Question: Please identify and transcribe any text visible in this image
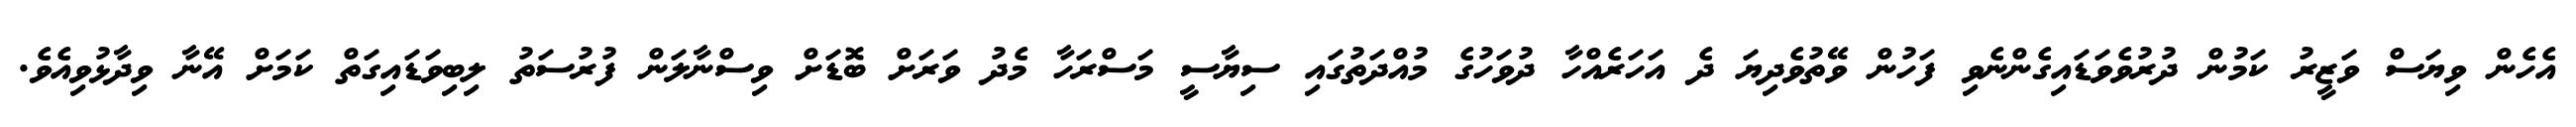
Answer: އެހެން ވިޔަސް ވަޒީރު ކަމުން ދުރުވެވަޑައިގެންނެވި ފަހުން ވޭތުވެދިޔަ ދެ އަހަރެއްހާ ދުވަހުގެ މުއްދަތުގައި ސިޔާސީ މަސްރަހާ މެދު ވަރަށް ބޮޑަށް ވިސްނާލަން ފުރުސަތު ލިބިވަޑައިގަތް ކަމަށް އޭނާ ވިދާޅުވިއެވެ.